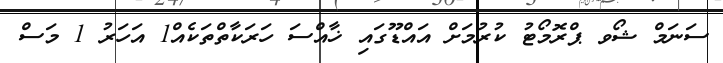
ސަނަމް ޝޯވ ޕްރޮމޯޓު ކުރުމަށް އައްޑޫގައި ޚާއްސަ ހަރަކާތްތަކެއް1 އަހަރު 1 މަސް